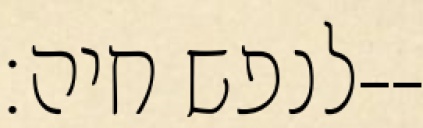
לנפש חיה׃--